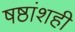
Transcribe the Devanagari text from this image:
षष्ठांशही